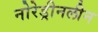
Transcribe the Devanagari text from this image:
नोरेड्रीनलीन